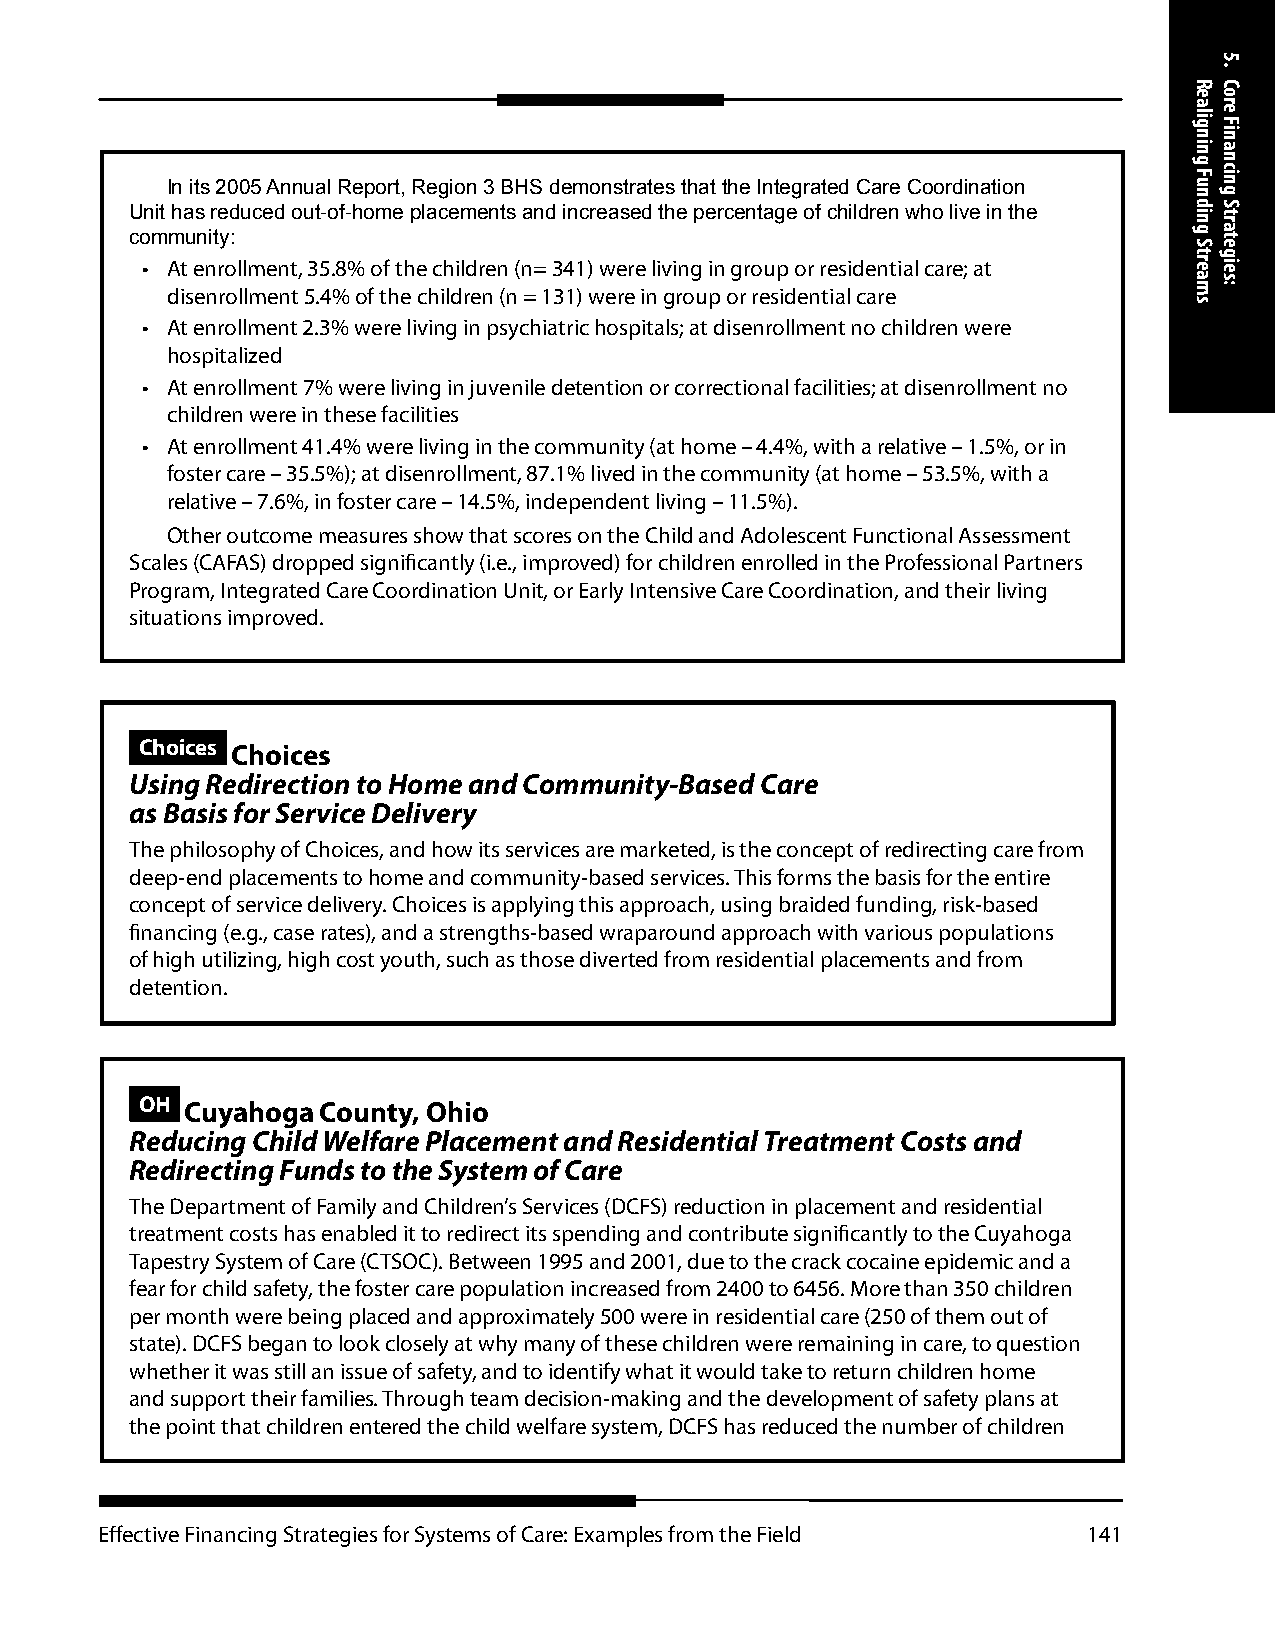
In its 2005 Annual Report, Region 3 BHS demonstrates that the Integrated Care Coordination
 Unit has reduced out-of-home placements and increased the percentage of children who live in the
 community:
 • At enrollment, 35.8% of the children (n= 341) were living in group or residential care; at
 disenrollment 5.4% of the children (n = 131) were in group or residential care
 • At enrollment 2.3% were living in psychiatric hospitals; at disenrollment no children were
 hospitalized
 • At enrollment 7% were living in juvenile detention or correctional facilities; at disenrollment no
 children were in these facilities
 • At enrollment 41.4% were living in the community (at home – 4.4%, with a relative – 1.5%, or in
 foster care – 35.5%); at disenrollment, 87.1% lived in the community (at home – 53.5%, with a
 relative – 7.6%, in foster care – 14.5%, independent living – 11.5%).
 Other outcome measures show that scores on the Child and Adolescent Functional Assessment
 Scales (CAFAS) dropped significantly (i.e., improved) for children enrolled in the Professional Partners
 Program, Integrated Care Coordination Unit, or Early Intensive Care Coordination, and their living
 situations improved.
 Choices Choices
 Using Redirection to Home and Community-Based Care
 as Basis for Service Delivery
 The philosophy of Choices, and how its services are marketed, is the concept of redirecting care from
 deep-end placements to home and community-based services. This forms the basis for the entire
 concept of service delivery. Choices is applying this approach, using braided funding, risk-based
 financing (e.g., case rates), and a strengths-based wraparound approach with various populations
 of high utilizing, high cost youth, such as those diverted from residential placements and from
 detention.
 OH Cuyahoga County, Ohio
 Reducing Child Welfare Placement and Residential Treatment Costs and
 Redirecting Funds to the System of Care
 The Department of Family and Children’s Services (DCFS) reduction in placement and residential
 treatment costs has enabled it to redirect its spending and contribute significantly to the Cuyahoga
 Tapestry System of Care (CTSOC). Between 1995 and 2001, due to the crack cocaine epidemic and a
 fear for child safety, the foster care population increased from 2400 to 6456. More than 350 children
 per month were being placed and approximately 500 were in residential care (250 of them out of
 state). DCFS began to look closely at why many of these children were remaining in care, to question
 whether it was still an issue of safety, and to identify what it would take to return children home
 and support their families. Through team decision-making and the development of safety plans at
 the point that children entered the child welfare system, DCFS has reduced the number of children
 Effective Financing Strategies for Systems of Care: Examples from the Field 141
 Realigning
 Funding
 Streams
 5.
 Core
 Financing
 Strategies: